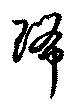
瑞